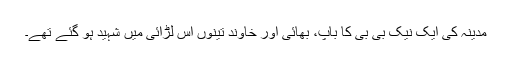
مدینہ کی ایک نیک بی بی کا باپ، بھائی اور خاوند تینوں اس لڑائی میں شہید ہو گئے تھے۔